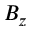
B _ { z }